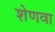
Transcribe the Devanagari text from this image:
शेणवा